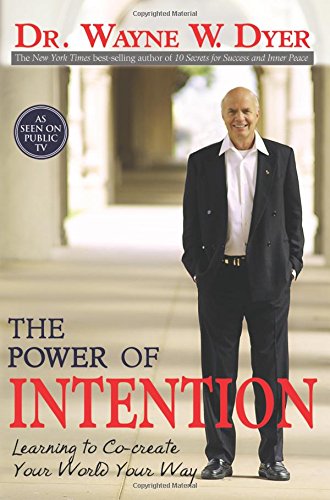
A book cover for The Power of Intention; Dr. Wayne W. Dyer; Self-Help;